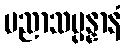
ပညာသမ္ပန္နာနံ